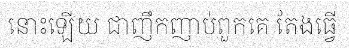
នោះឡើយ ជាញឹកញាប់ពួកគេ តែងធ្វើ